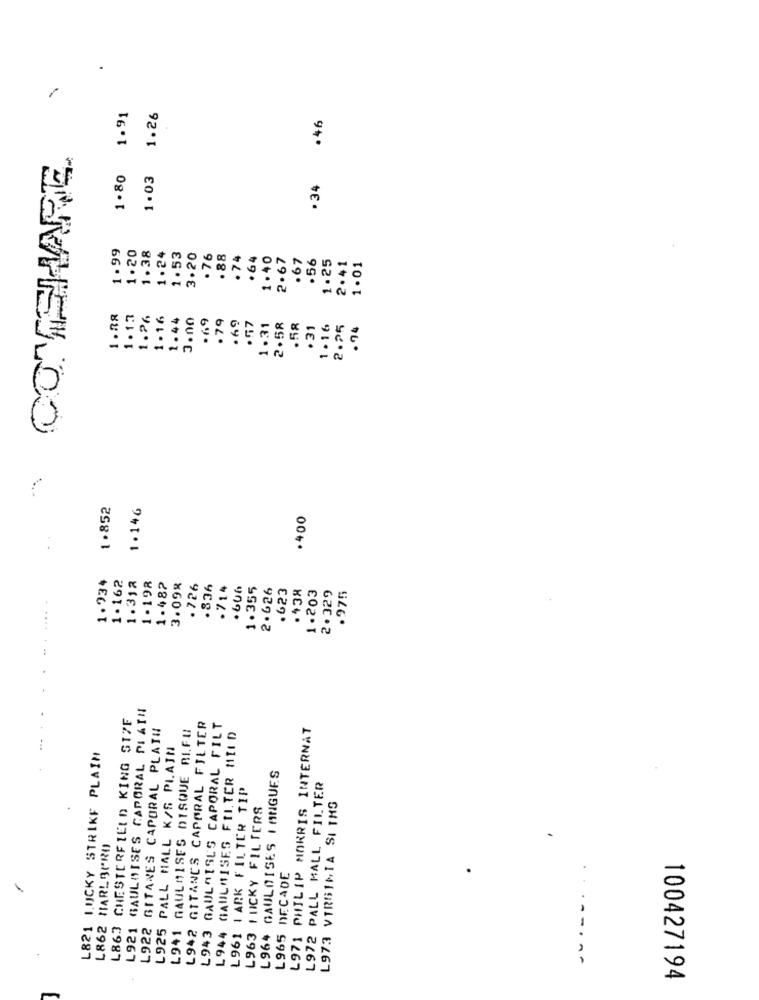
1.91
1.26
.46
COTASHARE
1.80
1.03
.34
1.99
1.20
1.38
1.24
1.53
3.20
. 76
. 88
.74
. 64
1.40
2.67
.67
.56
1.25
2.41
1.01
1.38
1.1.7
1.26
1.16
1.44
3.no
.69
.79
. 69
.57
1.31
2.58
.58
. 31
1 .16
2.25
.94
1.852
1. 146
.400
1.734
1.162
1.312
1.198
1.482
3.098
. 726
.836
.714
. 606
1.355
2.626
.623
.438
1.203
2.329
.975
L921 GAULOISES CAPORAL PIAIN
L863 CHESTERFIELD KING SIZE
GITANES CAPORAL PLATU
GAULMISES DISQUE RIFU
L942 GITANES CAPORAL FILTER
L943 GAULOISL'S CAPORAL FILT
L971 PHILIP MORRIS INTERNAT
L944 GAULMISES FILTER MILD
L925 PALL HALL K/S PLAIN
L821 LUCKY STRIKE PLAIN
L964 GAULOISES I ANGUES
L961 LARK FILTER TIP
L972 PALL MALL FILTER
L963 1 NICKY FILTERS
L973 VIRGINIA SI THS
L862 MARLBORO
L965 DECADE
--
L922
L941
100427194